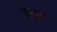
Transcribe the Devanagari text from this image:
अनुष्ठा